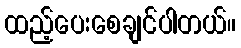
ထည့်ပေးစေချင်ပါတယ်။